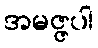
အမဇ္ဇပါ